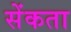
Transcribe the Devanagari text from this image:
सेंकता